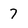
Character: 7